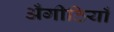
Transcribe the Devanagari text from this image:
अँगीठियाँ